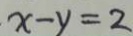
x - y = 2